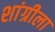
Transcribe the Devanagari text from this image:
शांग्रीला